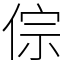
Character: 倧